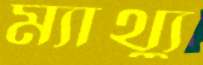
ম্যাথ্যু